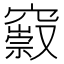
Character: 𥨢